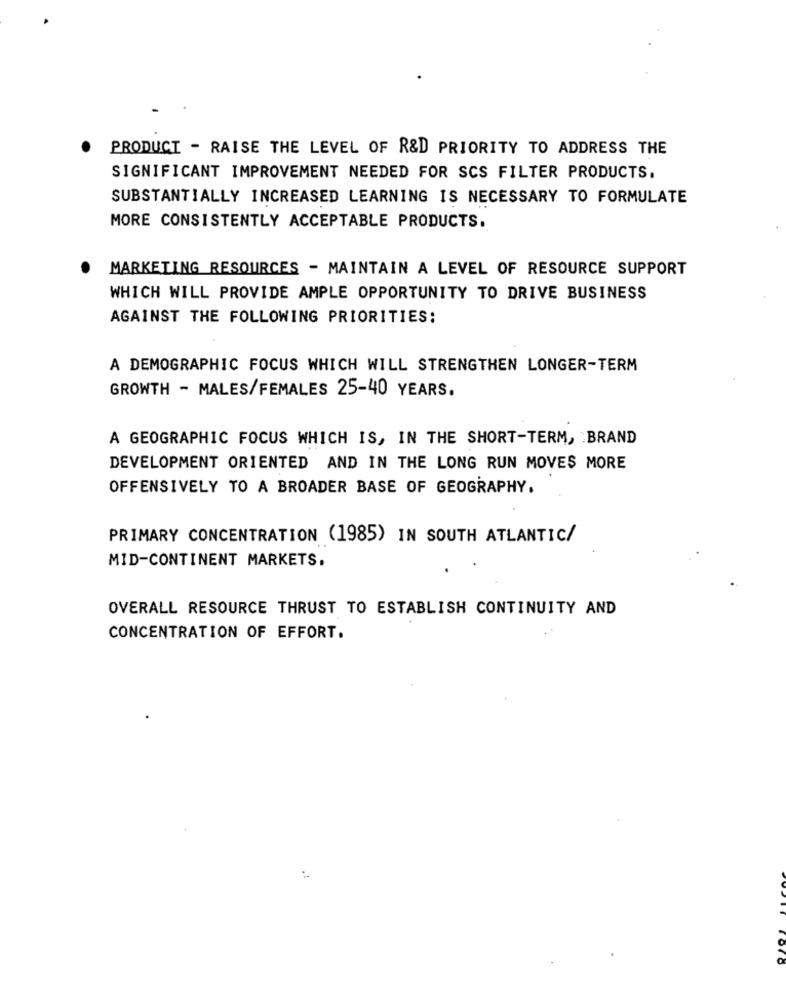
PRODUCT - RAISE THE LEVEL OF R&D PRIORITY TO ADDRESS THE
SIGNIFICANT IMPROVEMENT NEEDED FOR SCS FILTER PRODUCTS.
SUBSTANTIALLY INCREASED LEARNING IS NECESSARY TO FORMULATE
MORE CONSISTENTLY ACCEPTABLE PRODUCTS.
MARKETING RESOURCES - MAINTAIN A LEVEL OF RESOURCE SUPPORT
WHICH WILL PROVIDE AMPLE OPPORTUNITY TO DRIVE BUSINESS
AGAINST THE FOLLOWING PRIORITIES:
A DEMOGRAPHIC FOCUS WHICH WILL STRENGTHEN LONGER-TERM
GROWTH - MALES/FEMALES 25-40 YEARS.
A GEOGRAPHIC FOCUS WHICH IS, IN THE SHORT-TERM, BRAND
DEVELOPMENT ORIENTED AND IN THE LONG RUN MOVES MORE
OFFENSIVELY TO A BROADER BASE OF GEOGRAPHY.
PRIMARY CONCENTRATION (1985) IN SOUTH ATLANTIC/
MID-CONTINENT MARKETS.
OVERALL RESOURCE THRUST TO ESTABLISH CONTINUITY AND
CONCENTRATION OF EFFORT.
Toro